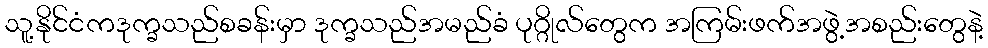
သူ့နိုင်ငံကဒုက္ခသည်စခန်းမှာ ဒုက္ခသည်အမည်ခံ ပုဂ္ဂိုလ်တွေက အကြမ်းဖက်အဖွဲ့အစည်းတွေနဲ့